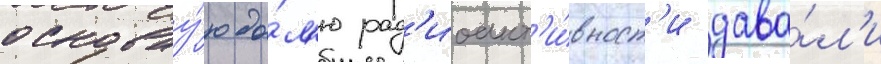
основну́ю до́л'ю рад'иоакт'и́вност'и дава́л'и